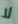
لا